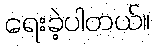
ရေးခဲ့ပါတယ်။